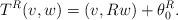
LaTeX: \begin{align*}T^R(v, w) = (v, Rw) + \theta_0^R. \end{align*}